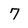
Character: 7